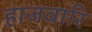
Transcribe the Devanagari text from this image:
हाजवारि